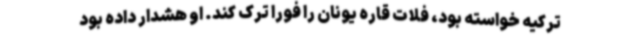
ترکیه خواسته بود، فلات قاره یونان را فورا ترک کند. او هشدار داده بود